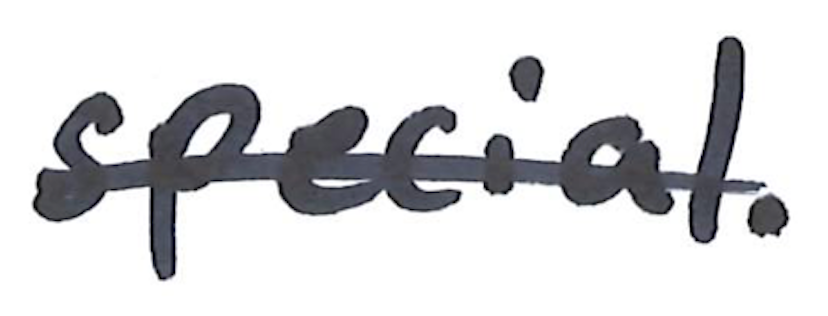
Text: special.
Cross-out: single-line
Writing tool: marker